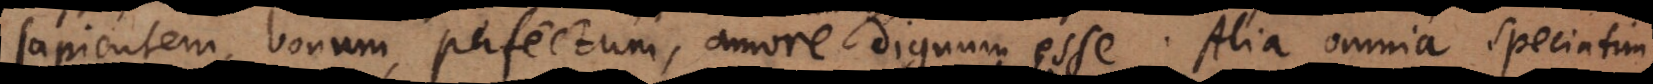
sapientem, bonum, perfectum, amore dignum esse. Alia omnia speciati